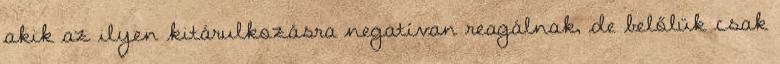
akik az ilyen kitárulkozásra negatívan reagálnak, de belőlük csak